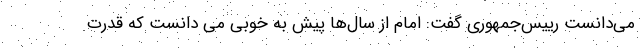
می‌دانست رییس‌جمهوری گفت: امام از سال‌ها پیش به خوبی می دانست که قدرت